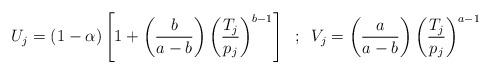
LaTeX: \begin{align*}U_{j}=(1-\alpha)\left[1+\left(\frac{b}{a-b}\right)\left(\frac{T_{j}}{p_{j}}\right)^{b-1}\right]\;\;;\;\;V_{j}=\left(\frac{a}{a-b}\right)\left(\frac{T_{j}}{p_{j}}\right)^{a-1}\end{align*}